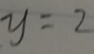
y = 2